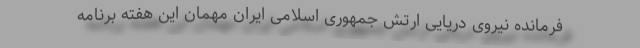
فرمانده نیروی دریایی ارتش جمهوری اسلامی ایران مهمان این هفته برنامه